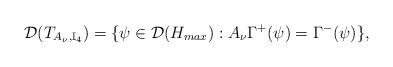
LaTeX: \begin{align*} \mathcal{D}(T_{A_\nu,\mathbb{I}_4}) = \{\psi \in \mathcal{D}(H_{max}): A_\nu\Gamma^+(\psi) = \Gamma^- (\psi) \}, \end{align*}